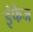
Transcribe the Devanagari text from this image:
इंफेज